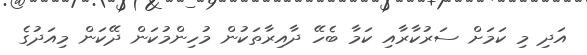
އަދި މި ކަމަށް ސަރުކާރާއި ކަމާ ބެހޭ ދާއިރާތަކުން މުހިންމުކަން ދޭކަން މިއަދުގެ